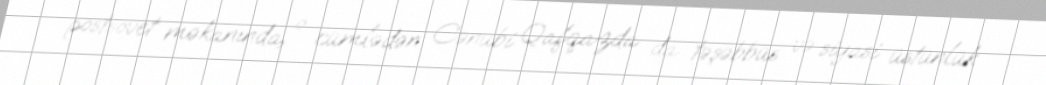
postsovet məkanında, o cümlədən Cənubi Qafqazda da təşəbbüs və siyasi üstünlük